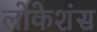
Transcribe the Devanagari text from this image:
लोकेशंस